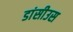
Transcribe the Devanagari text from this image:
डांसीउस